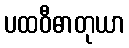
ပထဝီဓာတုယာ